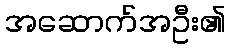
အဆောက်အဦး၏